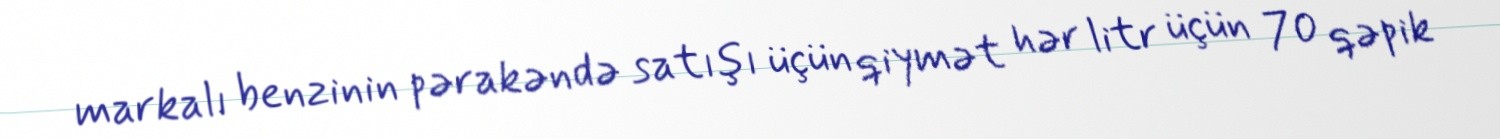
markalı benzinin pərakəndə satışı üçün qiymət hər litr üçün 70 qəpik